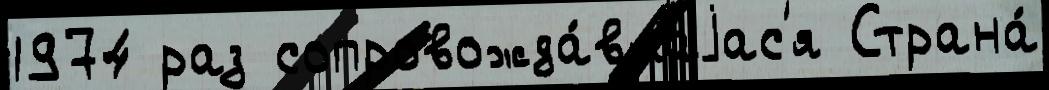
1974 раз сопровожда́вшаjас'я Страна́